Vaccination in Bombay 1902-1912 - 1902-1912
Year: 1902
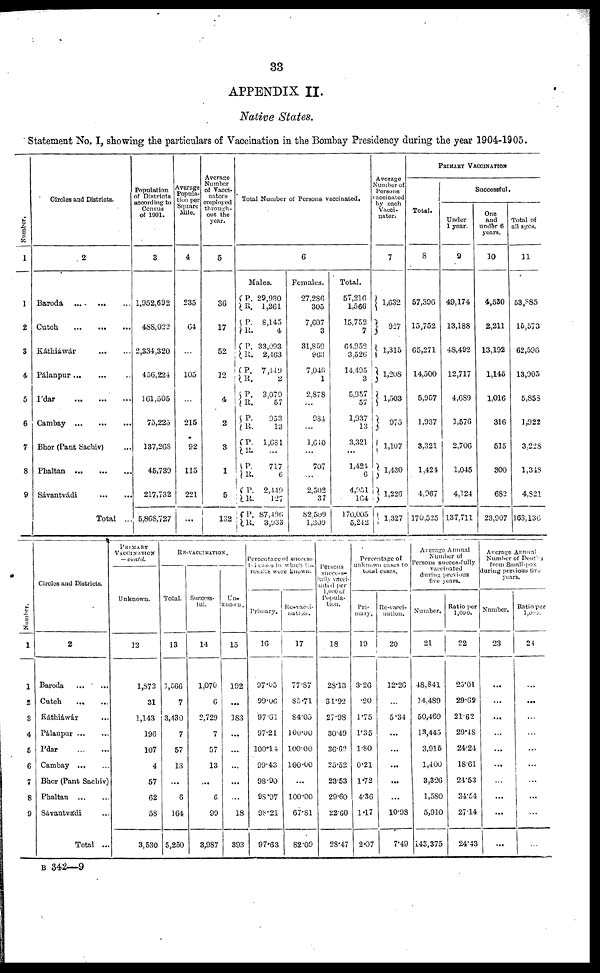
33
APPENDIX II.
Native States.
Statement No. I, showing the particulars of Vaccination in the Bombay Presidency during the year 1904-1905.
Number.
1
1
2
3
4
5
6
7
8
9
Circles and Districts.
2
Baroda
...
...
...
Cutch
...
...
...
Káthiáwár
...
...
Pálanpur ... ... ...
Ídar
...
...
...
Cambay
...
...
...
Bhor (Pant Sachiv) ...
Phaltan
...
...
...
Sávantvádi
...
...
Total
...
Population
of Districts
according to
Census
Of 1901.
3
1,952,692
488,022
2,334,320
456,224
161,505
75,225
137,268
45,739
217,732
5,868,727
Average
Popula-
tion per
Square
Mile.
4
235
64
...
105
...
215
92
115
221
...
Average
Number
of Vacci-
nators
employed
through-
out the
year.
5
36
17
52
12
4
2
3
1
5
132
Total Number of Persons vaccinated.
6
Males.
P.
R.
P.
R.
P.
R.
P.
R.
P.
R.
P.
R.
P.
R.
P.
R.
P.
R.
P.
R.
29,930
1,261
8,145
4
33,093
2,463
7,449
2
3,079
57
953
13
1,681
...
717
6
2,449
127
87,496
3,933
Females.
27,286
305
7,607
3
31,859
963
7,046
1
2,878
...
984
...
1,640
...
707
...
2,502
37
82,509
1,309
Total.
57,216
1,566
15,752
7
64,952
3,526
14,495
3
5,957
57
1,937
13
3,321
...
1,424
6
4,951
164
170,005
5,242
Average
Number of
Persons
vaccinated
by each
Vacci-
nator.
7
1,632
927
1,315
1,208
1,503
975
1,107
1,430
1,226
1,327
PRIMARY VACCINATION
Total.
8
57,396
15,752
65,271
14,500
5,957
1,937
3,321
1,424
4,967
170,525
Successful.
Under
1 year.
9
49,174
13,188
48,492
12,717
4,689
1,576
2,706
1,045
4,124
137,711
One
and
under 6
years.
10
4,530
2,211
13,192
1,145
1,016
316
515
300
682
23,907
Total of
all ages.
11
53,885
15,573
62,596
13,905
5,853
1,922
3,228
1,348
4,821
163,136
Number.
1
1
2
3
4
5
6
7
8
9
Circles and Districts.
2
Baroda
...
...
Cutch ... ...
Káthiáwár ...
Pálanpur
...
...
Ídar
...
...
Cambay
...
...
Bhor (Pant Sachiv)
Phaltan
...
...
Sávantvádi ...
Total
...
PRIMARY
VACCINATION
— could.
Unknown.
12
1,872
31
1,143
196
107
4
57
62
58
3,530
RE-VACCINATION.
Total.
13
1,566
7
3,430
7
57
13
...
6
164
5,250
Success-
ful.
14
1,070
6
2,729
7
57
13
...
6
99
3,987
Un-
known.
15
192
...
183
...
...
...
...
...
18
393
Percentage of success-
ful cases
in which the
results were known.
Primary.
16
97.05
99.06
97.61
97.21
100.14
99.43
98.90
98.97
98.21
97.63
Re-vacci-
nation.
17
77.87
85.71
84.05
100.00
100.00
100.00
...
100.00
67.81
82.09
Persons
success-
fully vacci-
nated per
1,000 of
Popula-
tion.
18
28.13
31.92
27.98
30.49
36.62
25.52
23.53
29.60
22.60
28.47
Percentage of
unknown cases to
total cases.
Pri-
mary.
19
3.26
.20
1.75
1.35
1.80
0.21
1.72
4.36
1.17
2.07
Re-vacci-
nation.
20
12.26
...
5.34
...
...
...
...
...
10.98
7.49
Average Annual
Number of
Persons successfully
vaccinated
during previous
five years.
Number.
21
48,841
14,489
50,469
13,445
3,915
1,400
3,326
1,580
5,910
143,375
Ratio per
1,000.
22
25.01
29.69
21.62
29.48
24.24
18.61
24.53
34.54
27.14
24.43
Average Annual
Number of Deaths
from Small-pox
during previous five
years.
Number.
23
...
...
...
...
...
...
...
...
...
...
Ratio per
1,000.
24
...
...
...
...
...
...
...
...
...
...
B 342—9